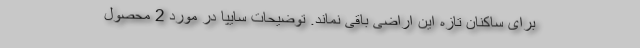
برای ساکنان تازه این اراضی باقی نماند. توضیحات سایپا در مورد 2 محصول